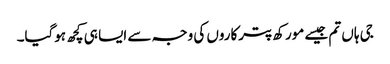
جی ہاں تم جیسے مورکھ پترکاروں کی وجہ سے ایسا ہی کچھ ہوگیا۔